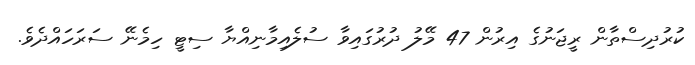
ކުރުދިސްތާން ރީޖަނުގެ އިރުން 47 މޭލު ދުރުގައިވާ ސުލެއިމާނިއްޔާ ސިޓީ ހިމެނޭ ސަރަހައްދެވެ.